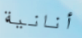
أنانية